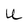
Character: U